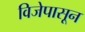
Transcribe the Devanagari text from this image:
विजेपासून